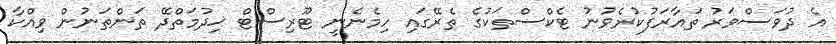
އެ ދުވަސްވަރު ތައާރަފުކުރެވުނު ޓެކްސްތަކުގެ ތެރޭގައި ހިމެނެނީ ޓޫރިސްޓް ޚިދުމަތްދޭ ތަންތަނުން ވިއްކާ